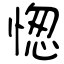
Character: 愡